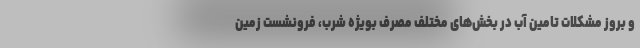
و بروز مشکلات تامین آب در بخش‌های مختلف مصرف بویژه شرب، فرونشست زمین